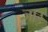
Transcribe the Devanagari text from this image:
जड़ि